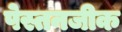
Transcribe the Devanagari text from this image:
पेस्तनजीक